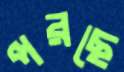
পরছে